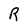
Character: R